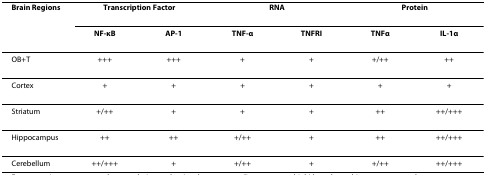
<table><thead><tr><td><b>Brain Regions</b></td><td colspan="2"><b>Transcription Factor</b></td><td colspan="2"><b>RNA</b></td><td colspan="2"><b>Protein</b></td></tr><tr><td></td><td><b>NF-κB</b></td><td><b>AP-1</b></td><td><b>TNF-α</b></td><td><b>TNFRI</b></td><td><b>TNFα</b></td><td><b>IL-1α</b></td></tr></thead><tbody><tr><td>OB+T</td><td>+++</td><td>+++</td><td>+</td><td>+</td><td>+/++</td><td>++</td></tr><tr><td>Cortex</td><td>+</td><td>+</td><td>+</td><td>+</td><td>+</td><td>+</td></tr><tr><td>Striatum</td><td>+/++</td><td>+</td><td>+</td><td>+</td><td>++</td><td>++/+++</td></tr><tr><td>Hippocampus</td><td>++</td><td>++</td><td>+/++</td><td>+</td><td>++</td><td>++/+++</td></tr><tr><td>Cerebellum</td><td>++/+++</td><td>+</td><td>+/++</td><td>+</td><td>+/++</td><td>++/+++</td></tr></tbody></table>